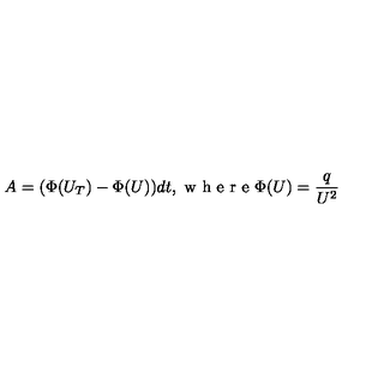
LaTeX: A = ( \Phi ( U _ { T } ) - \Phi ( U ) ) d t , \textrm { w h e r e } \Phi ( U ) = \frac { q } { U ^ { 2 } }